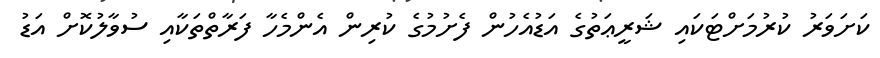
ކަށަވަރު ކުރުމަށްޓަކައި ޝަރީޢަތުގެ އަޑުއެހުން ފެށުމުގެ ކުރިން އެންމެހާ ފަރާތްތަކާއި ސުވާލުކޮށް އަޑު